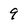
Character: 9